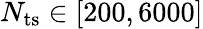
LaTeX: N_{{\mathrm{ts}}}\in[200,6000]